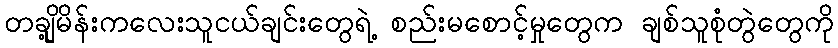
တချို့မိန်းကလေးသူငယ်ချင်းတွေရဲ့ စည်းမစောင့်မှုတွေက ချစ်သူစုံတွဲတွေကို